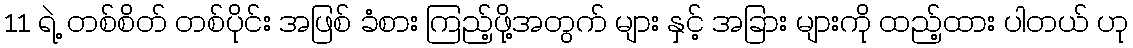
11 ရဲ့ တစ်စိတ် တစ်ပိုင်း အဖြစ် ခံစား ကြည့်ဖို့အတွက် များ နှင့် အခြား များကို ထည့်ထား ပါတယ် ဟု